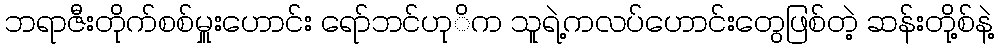
ဘရာဇီးတိုက်စစ်မှူးဟောင်း ရော်ဘင်ဟုုိက သူရဲ့ကလပ်ဟောင်းတွေဖြစ်တဲ့ ဆန်းတို့စ်နဲ့